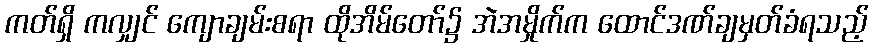
ကတ်ရှိ ကလျှင် ကျောချမ်းစရာ ထိုအိမ်တော်၌ အဲအမှိုက်က ထောင်ဒဏ်ချမှတ်ခံရသည့်